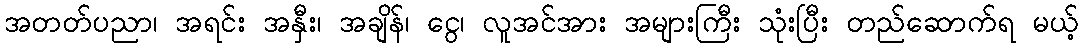
အတတ်ပညာ၊ အရင်း အနှီး၊ အချိန်၊ ငွေ၊ လူအင်အား အများကြီး သုံးပြီး တည်ဆောက်ရ မယ့်